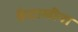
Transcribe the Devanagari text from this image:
कैटालीना